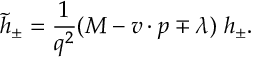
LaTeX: \tilde { h } _ { \pm } = \frac { 1 } { q ^ { 2 } } ( M - v \cdot p \mp \lambda ) \; h _ { \pm } .